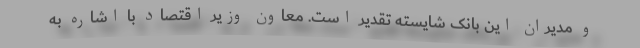
و مدیران این بانک شایسته تقدیر است. معاون وزیر اقتصاد با اشاره به